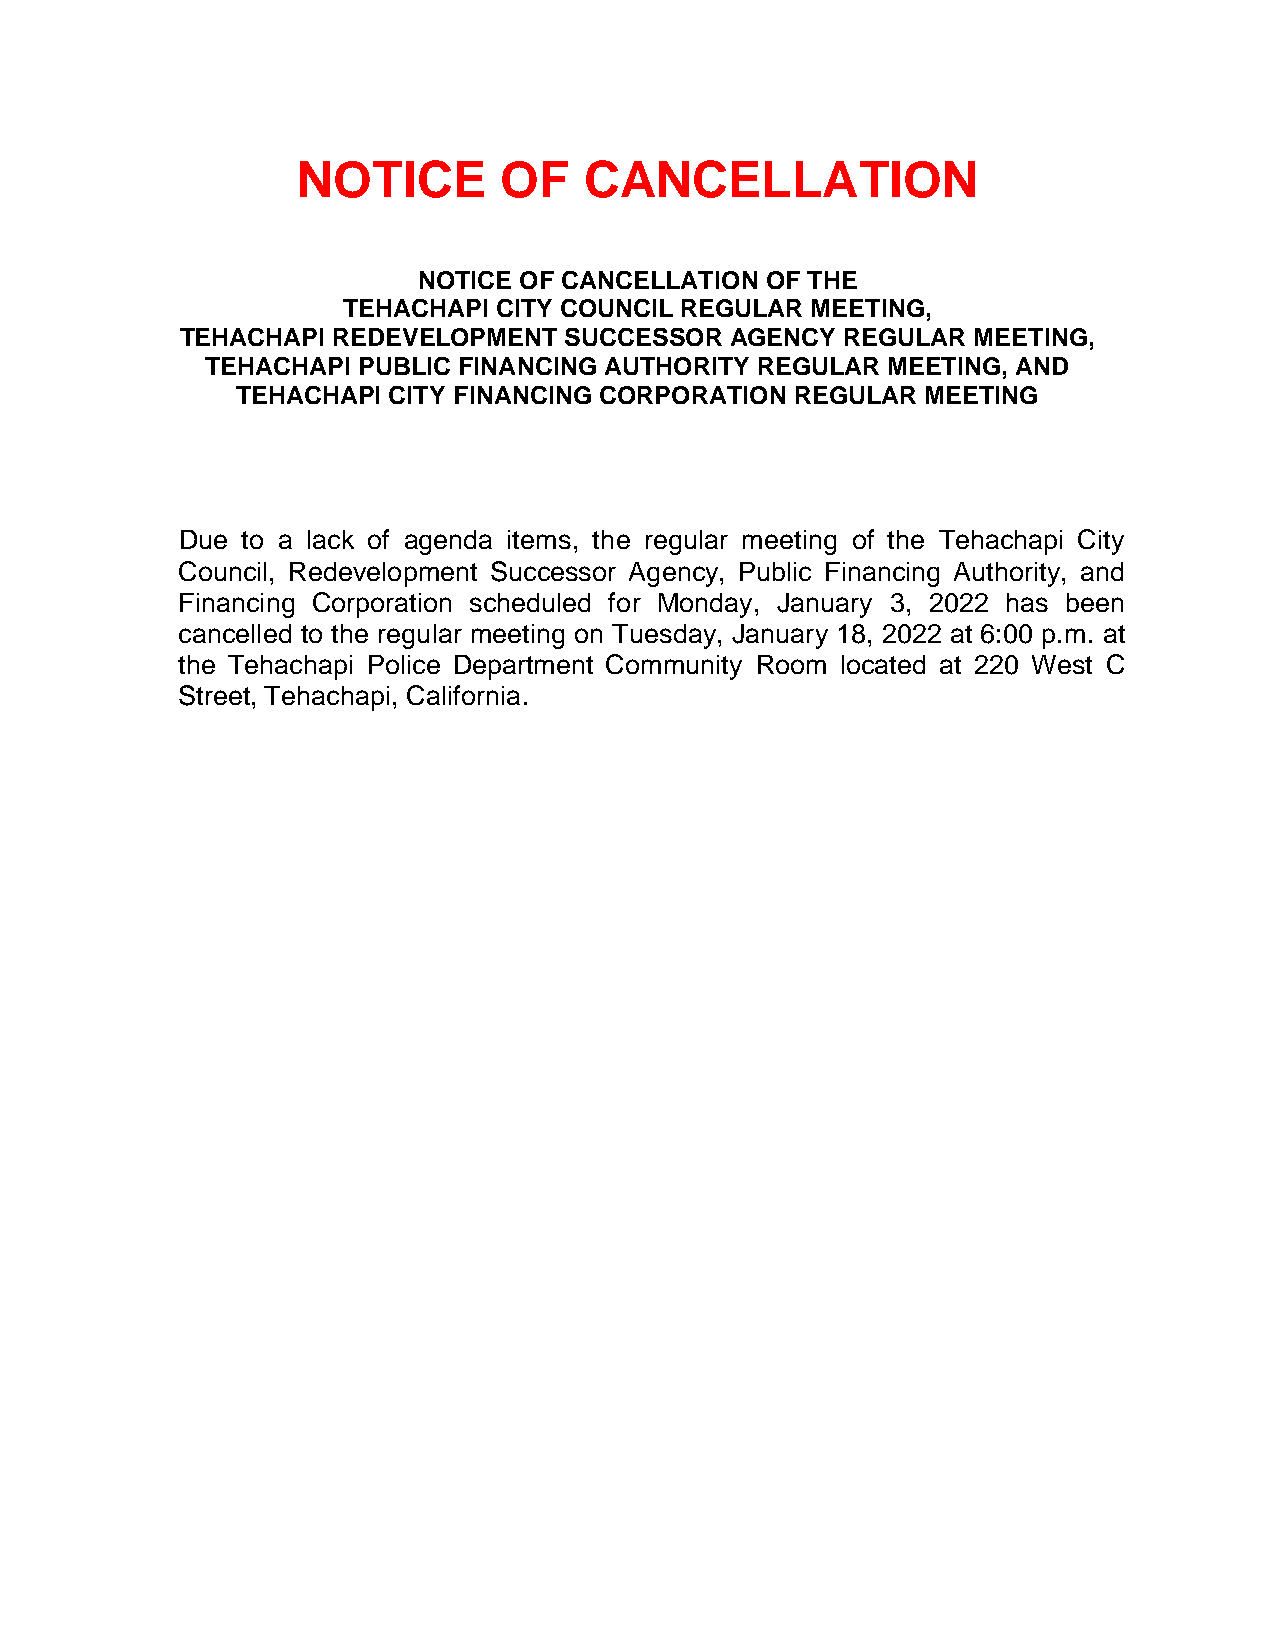
NOTICE       OF    CANCELLATION
 NOTICE OF CANCELLATION OF THE
 TEHACHAPI CITY COUNCIL REGULAR MEETING,
 TEHACHAPI REDEVELOPMENT  SUCCESSOR  AGENCY  REGULAR MEETING,
 TEHACHAPI PUBLIC FINANCING AUTHORITY REGULAR MEETING, AND
 TEHACHAPI CITY FINANCING CORPORATION REGULAR MEETING
 Due to a lack of agenda items, the regular meeting of the Tehachapi City
 Council, Redevelopment Successor Agency, Public Financing Authority, and
 Financing Corporation scheduled for Monday, January 3, 2022 has been
 cancelled to the regular meeting on Tuesday, January 18, 2022 at 6:00 p.m. at
 the Tehachapi Police Department Community Room located at 220 West C
 Street, Tehachapi, California.